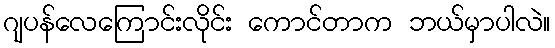
ဂျပန်လေကြောင်းလိုင်း ကောင်တာက ဘယ်မှာပါလဲ။